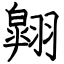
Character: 翶